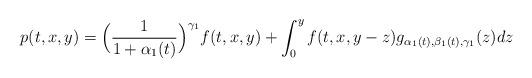
LaTeX: \begin{align*}p(t,x,y)=\Big (\frac{1}{1+\alpha_1(t)} \Big)^{\gamma_1} f(t,x,y)+ \int_0^y f(t,x,y-z) g_{\alpha_1(t),\beta_1(t),\gamma_1}(z)dz\end{align*}